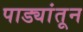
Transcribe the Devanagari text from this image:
पाड्यांतून